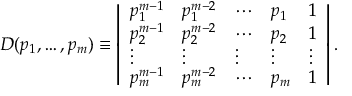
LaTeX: D ( p _ { 1 } , \ldots , p _ { m } ) \equiv \left| \begin{array} { l l l l l } { { p _ { 1 } ^ { m - 1 } } } & { { p _ { 1 } ^ { m - 2 } } } & { { \cdots } } & { { p _ { 1 } } } & { { 1 } } \\ { { p _ { 2 } ^ { m - 1 } } } & { { p _ { 2 } ^ { m - 2 } } } & { { \cdots } } & { { p _ { 2 } } } & { { 1 } } \\ { { \vdots } } & { { \vdots } } & { { \vdots } } & { { \vdots } } & { { \vdots } } \\ { { p _ { m } ^ { m - 1 } } } & { { p _ { m } ^ { m - 2 } } } & { { \cdots } } & { { p _ { m } } } & { { 1 } } \end{array} \right| .